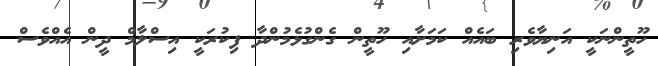
ހޫތީންނަކީ އަނިިޔާވެރި ބައެއް ކަމަށާއި ހޫތީން ގެންގުޅެމުންދާ ފިކުރަކީ އިސްލާމް ދީން އެއްވެސް